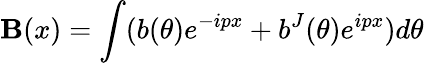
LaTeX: \mathbf{B}(x)=\int(b(\theta)e^{-ipx}+b^{J}(\theta)e^{ipx})d\theta